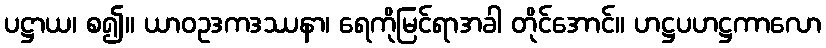
ပဋ္ဌာယ၊ စ၍။ ယာဝဥဒကဒဿနာ၊ ရေကိုမြင်ရာအခါ တိုင်အောင်။ ဟဋ္ဌပဟဋ္ဌကာလော